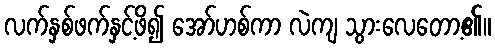
လက်နှစ်ဖက်နှင့်ဖိ၍ အော်ဟစ်ကာ လဲကျ သွားလေတော့၏။